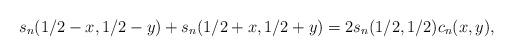
LaTeX: \begin{align*}s_n(1/2-x, 1/2-y) + s_n(1/2+x,1/2+y) = 2 s_n(1/2,1/2) c_n(x,y),\end{align*}